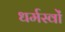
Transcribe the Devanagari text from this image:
धर्मस्वों